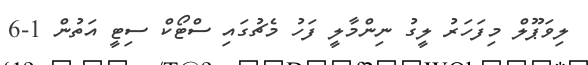
ލިވަޕޫލް މިފަހަރު ލީގު ނިންމާލީ ފަހު މެޗުގައި ސްޓޯކް ސިޓީ އަތުން 1-6